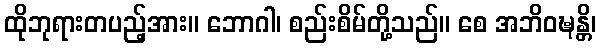
ထိုဘုရားတပည့်အား။ ဘောဂါ၊ စည်းစိမ်တို့သည်။ စေ အဘိဝဍ္ဎန္တိ၊